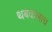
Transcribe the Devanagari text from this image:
थबकलाच